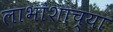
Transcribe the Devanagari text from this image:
लाभांशाच्या